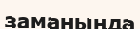
заманыңда